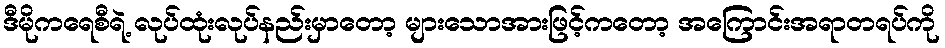
ဒီမိုကရေစီရဲ့ လုပ်ထုံးလုပ်နည်းမှာတော့ များသောအားဖြင့်ကတော့ အကြောင်းအရာတရပ်ကို